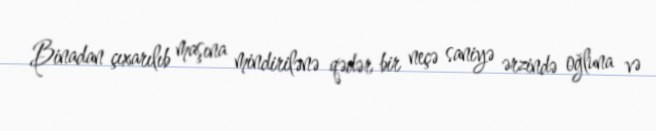
Binadan çıxarılıb maşına mindirilənə qədər bir neçə saniyə ərzində oğluna və